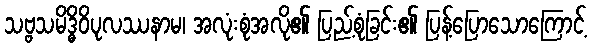
သဗ္ဗသမိဒ္ဓိဝိပုလဿနာမ၊ အလုံးစုံအလို၏ ပြည့်စုံခြင်း၏ ပြန့်ပြောသောကြောင့်